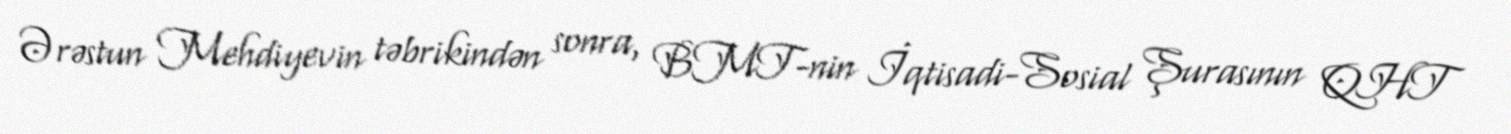
Ərəstun Mehdiyevin təbrikindən sonra, BMT-nin İqtisadi-Sosial Şurasının QHT